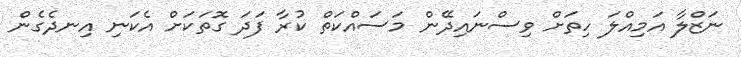
ނަޒްލާ އަމިއްލަ ހިތަށް ވިސްނައިދޭން މަސައްކަތް ކުރާ ފަދަ ގޮތަކަށް އެކަނި އިނދެގެން